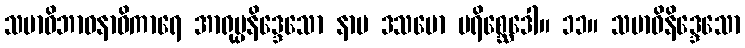
သမာဓိဘာဝနာဓိကာရေ အာရုပ္ပနိဒ္ဒေသော နာမ ဒသမော ပရိစ္ဆေဒေါ။ ၁၁။ သမာဓိနိဒ္ဒေသော